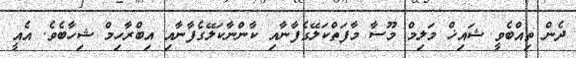
ދެން ތިއްބެވީ ޝައިޚް މަލިމް މޫސާ މާފަތްކަލޭގެފާނާއި ކާންނާކަލޭގެފާނާއި އިބްރާހިމް ޝިހާބެވެ. އެއީ